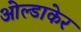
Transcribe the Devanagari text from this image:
ओल्डाकेर